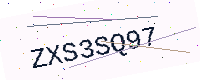
Text: ZXS3SQ97